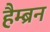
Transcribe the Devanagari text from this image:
हैम्ब्रन